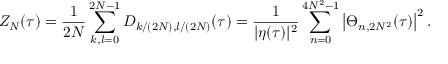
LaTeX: Z _ { N } ( \tau ) = \frac 1 { 2 N } \sum _ { k , l = 0 } ^ { 2 N - 1 } D _ { k / ( 2 N ) , l / ( 2 N ) } ( \tau ) = \frac 1 { | \eta ( \tau ) | ^ { 2 } } \sum _ { n = 0 } ^ { 4 N ^ { 2 } - 1 } \left| \Theta _ { n , 2 N ^ { 2 } } ( \tau ) \right| ^ { 2 } .